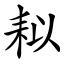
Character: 䎣